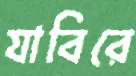
যাবিরে